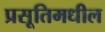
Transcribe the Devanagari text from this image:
प्रसूतिमधील